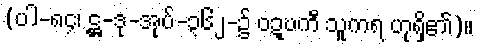
(ပါ-၈၄၊ ဋ္ဌ-ဒု-အုပ်-၃၆၂-၌ ဝဍ္ဎကီ သူကရ ဟုရှိ၏)။